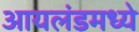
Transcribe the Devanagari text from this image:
आयलंडमध्ये